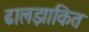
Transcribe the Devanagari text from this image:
ढालझाकित